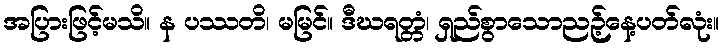
အပြားဖြင့်မသိ။ န ပဿတိ၊ မမြင်။ ဒီဃရတ္တံ၊ ရှည်စွာသောညဉ့်နေ့ပတ်လုံး။